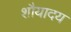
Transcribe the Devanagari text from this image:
शौयादय